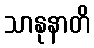
သာနုနာတိ